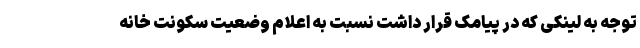
توجه به لینکی که در پیامک قرار داشت نسبت به اعلام وضعیت سکونت خانه